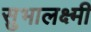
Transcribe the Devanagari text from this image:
सुभालक्ष्मी